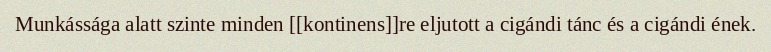
Munkássága alatt szinte minden [[kontinens]]re eljutott a cigándi tánc és a cigándi ének.